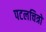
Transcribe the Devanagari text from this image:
पटलचित्रों